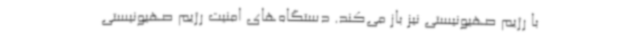
با رژیم صهیونیستی نیز باز می‌کند. دستگاه‌های امنیت رژیم صهیونیستی